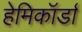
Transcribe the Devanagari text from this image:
हेमिकॉर्डा